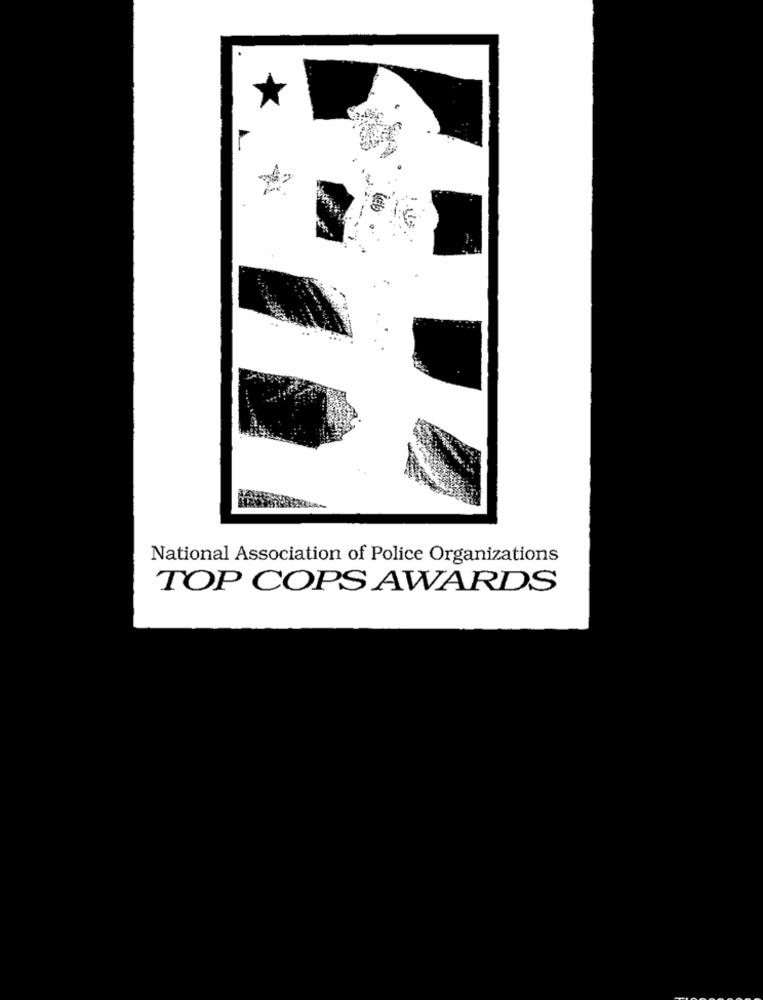
National Association of Police Organizations
TOP COPS AWARDS